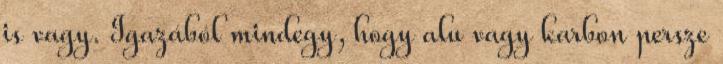
is vagy. Igazából mindegy, hogy alu vagy karbon persze